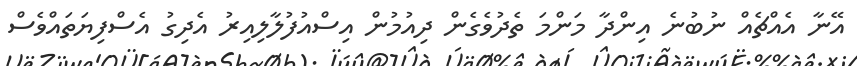
އޭނާ އެއްޗެއް ނުބުނެ އިންދާ މަންމަ ތެދުވެގެން ދިއުމުން އިސްއުފުލާލިއިރު އެދިގު އެސްފިޔަތައްވެސް